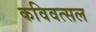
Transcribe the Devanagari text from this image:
कविवत्सल